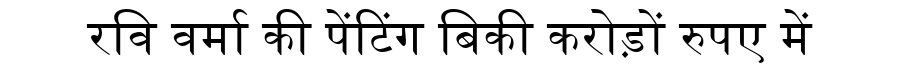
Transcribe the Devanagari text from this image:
रवि वर्मा की पेंटिंग बिकी करोड़ों रुपए में